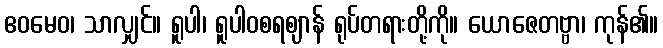
ဧဝမေဝ၊ သာလျှင်။ ရူပါ၊ ရူပါဝစရဈာန် ရုပ်တရားတို့ကို။ ယောဇေတဗ္ဗာ၊ ကုန်၏။